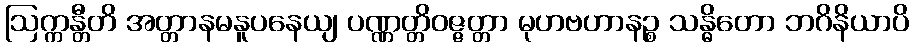
ဩက္ကန္တီတိ အတ္တာနမနူပနေယျ ပဏ္ဏတ္တိဝဇ္ဇတ္တာ မုဟဗဟာနဉ္စ သန္ဓိတော ဘဂိနိယာပိ